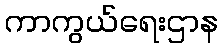
ကာကွယ်ရေးဌာန